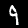
Digit: 9